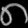
Digit: ၈